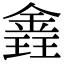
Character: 錱